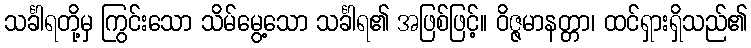
သင်္ခါရတို့မှ ကြွင်းသော သိမ်မွေ့သော သင်္ခါရ၏ အဖြစ်ဖြင့်။ ဝိဇ္ဇမာနတ္တာ၊ ထင်ရှားရှိသည်၏